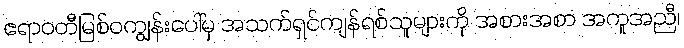
ဧရာဝတီမြစ်ဝကျွန်းပေါ်မှ အသက်ရှင်ကျန်ရစ်သူများကို အစားအစာ အကူအညီ၊